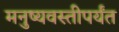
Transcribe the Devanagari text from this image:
मनुष्यवस्तीपर्यंत